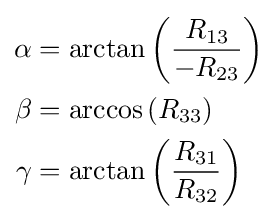
{\begin{aligned}\alpha &=\arctan \left({\frac {R_{13}}{-R_{23}}}\right)\\\beta &=\arccos \left(R_{33}\right)\\\gamma &=\arctan \left({\frac {R_{31}}{R_{32}}}\right)\end{aligned}}